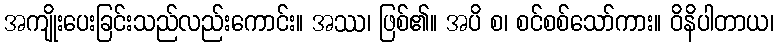
အကျိုးပေးခြင်းသည်လည်းကောင်း။ အဿ၊ ဖြစ်၏။ အပိ စ၊ စင်စစ်သော်ကား။ ဝိနိပါတာယ၊